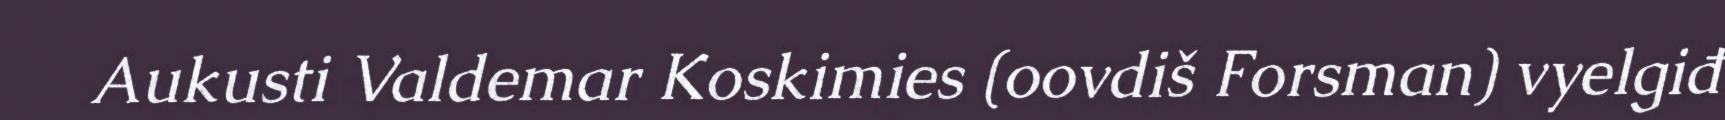
Aukusti Valdemar Koskimies (oovdiš Forsman) vyelgiđ